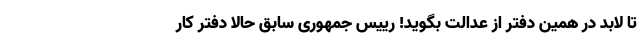
تا لابد در همین دفتر از عَدالت بگوید! رییس جمهوری سابق حالا دفتر کار